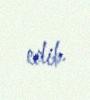
edib.